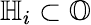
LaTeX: \mathbb{H}_{i}\subset\mathbb{O}